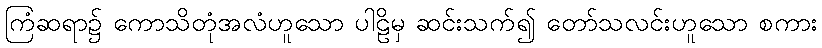
ကြံဆရာ၌ ကောသိတုံအလံဟူသော ပါဠိမှ ဆင်းသက်၍ တော်သလင်းဟူသော စကား